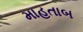
માહતાબ